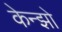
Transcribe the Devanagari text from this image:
केन्झो